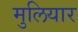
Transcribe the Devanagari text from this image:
मुलियार